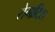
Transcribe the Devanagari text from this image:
रोगाटिस